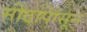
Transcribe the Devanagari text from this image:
मीठापासून